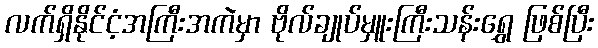
လက်ရှိနိုင်ငံ့အကြီးအကဲမှာ ဗိုလ်ချုပ်မှူးကြီးသန်းရွှေ ဖြစ်ပြီး